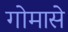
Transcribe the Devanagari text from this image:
गोमासे